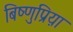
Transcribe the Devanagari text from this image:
बिष्णुप्रिय़ा